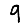
Digit: 9